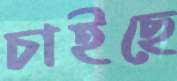
চাইছে